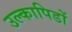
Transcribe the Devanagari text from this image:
उल्कापिडों